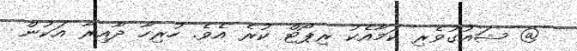
@ ޝައުގުވެރި ކަމާއެކު ރިޕޯޓް ކުރެ އެވެ. ހުރިހާ ދާއިރާ އަކުން